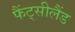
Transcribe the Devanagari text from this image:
फैंट्सीलैंड